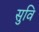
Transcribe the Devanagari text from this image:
सुवि